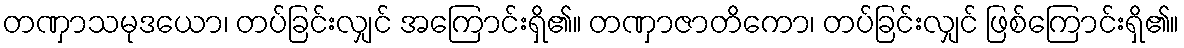
တဏှာသမုဒယော၊ တပ်ခြင်းလျှင် အကြောင်းရှိ၏။ တဏှာဇာတိကော၊ တပ်ခြင်းလျှင် ဖြစ်ကြောင်းရှိ၏။